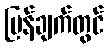
ပြန်ချက်တွင်